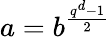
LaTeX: a=b^{\frac{q^{d}-1}{2}}